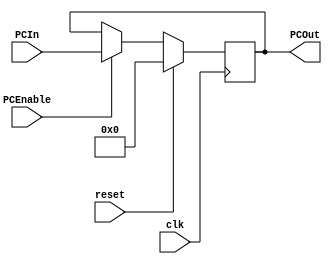
`timescale 1ns / 1ps
//////////////////////////////////////////////////////////////////////////////////
// Company: Superfriends team
// 
// Design Name:    program_counter
// Module Name:    program_counter
// Project Name:   Lab 4
//////////////////////////////////////////////////////////////////////////////////

// Stores next instruction address
module program_counter(clk, reset, PCEnable, PCIn, PCOut);
	input clk, reset, PCEnable;
	input [15:0] PCIn;
	
	reg [15:0] counter = 16'b0;
	
	output [15:0] PCOut;

	always@(posedge clk)
	begin
		if (reset == 1'b1)
			counter <= 16'b0;
		else if (PCEnable == 1'b1)
			counter <= PCIn;
		else
			counter <= counter;
	end
	
	
	assign PCOut = counter;
	
endmodule